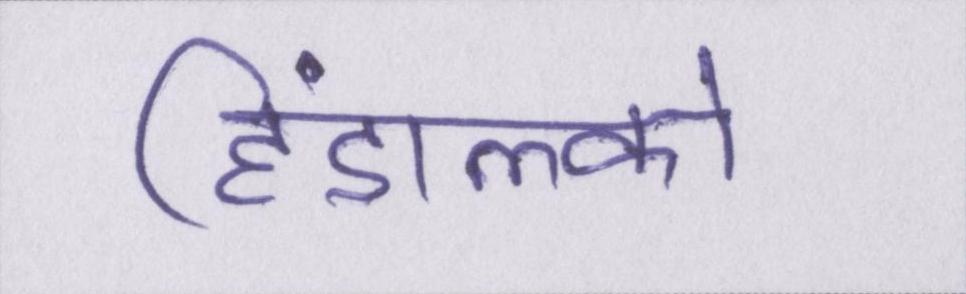
हिंडाल्को